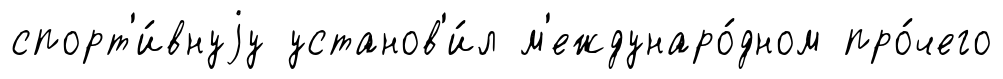
спорт'и́внуjу установ'и́л м'еждунаро́дном про́чего